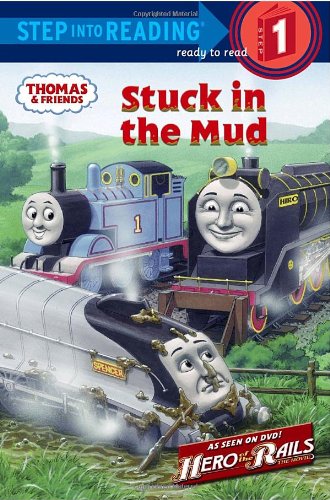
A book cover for Stuck in the Mud (Thomas & Friends) (Step into Reading); Shana Corey; Children's Books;